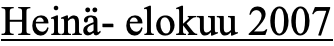
Heinä- elokuu 2007